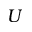
U